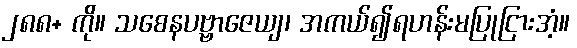
၂၈၈+ ကို။ သစေနပဗ္ဗာဇေယျ၊ အကယ်၍ရဟန်းမပြုငြားအံ့။